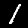
Digit: 1